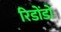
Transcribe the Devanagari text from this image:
रिडोंडो